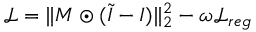
\mathcal { L } = \| M \odot ( \widetilde { I } - I ) \| _ { 2 } ^ { 2 } - \omega \mathcal { L } _ { r e g }